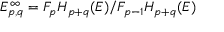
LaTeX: E _ { p , q } ^ { \infty } = F _ { p } H _ { p + q } ( E ) / F _ { p - 1 } H _ { p + q } ( E )